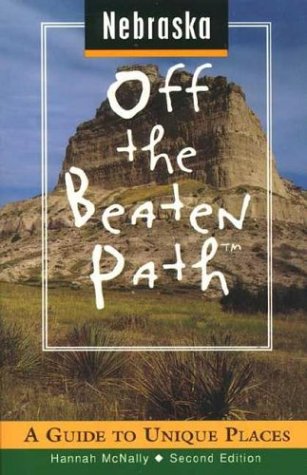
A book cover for Nebraska: Off the Beaten Path 2nd Edition; Hannah McNally; Travel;